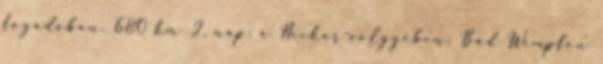
fogadóban. 680 km 2. nap: a Neckar-völgyében: Bad Wimpfen